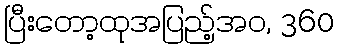
ပြီးတော့ထုအပြည့်အဝ, 360